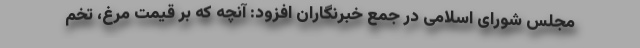
مجلس شورای اسلامی در جمع خبرنگاران افزود: آنچه که بر قیمت مرغ، تخم